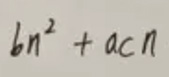
\[
bn^{2}+acn
\]